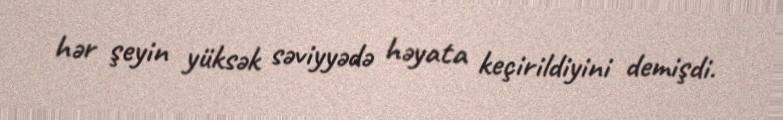
hər şeyin yüksək səviyyədə həyata keçirildiyini demişdi.